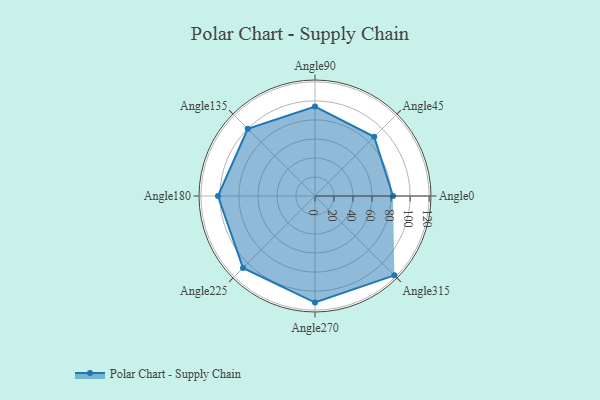
{"axis": {"x": "Angle", "y": "Radius"}, "legend": [""], "data": [{"x": "Angle0", "y": 82.0, "type": ""}, {"x": "Angle45", "y": 88.0, "type": ""}, {"x": "Angle90", "y": 94.0, "type": ""}, {"x": "Angle135", "y": 100.0, "type": ""}, {"x": "Angle180", "y": 102.0, "type": ""}, {"x": "Angle225", "y": 107.0, "type": ""}, {"x": "Angle270", "y": 112.0, "type": ""}, {"x": "Angle315", "y": 118.0, "type": ""}]}